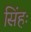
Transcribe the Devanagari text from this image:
सिंहः